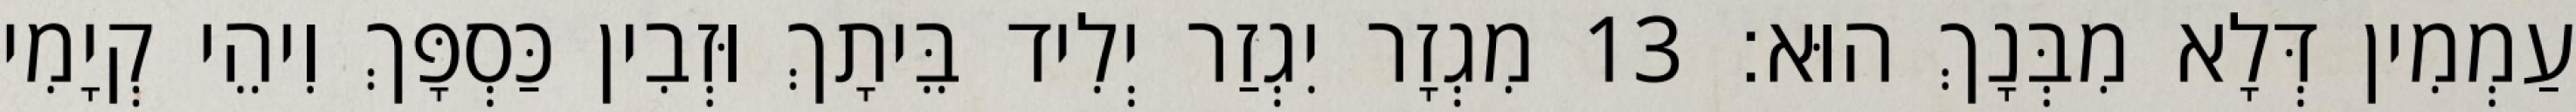
עַמְמִין דְּלָא מִבְּנָךְ הוּא׃ 13 מִגְזָר יִגְזַר יְלִיד בֵּיתָךְ וּזְבִין כַּסְפָּךְ וִיהֵי קְיָמִי